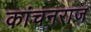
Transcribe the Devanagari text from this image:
कांचनराज